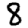
Digit: 8